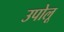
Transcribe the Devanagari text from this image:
उपोलू